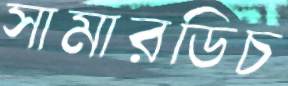
সামারডিচ